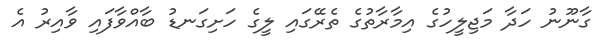
ގާނޫނު ހަދާ މަޖިލީހުގެ އިމާރާތުގެ ތެރޭގައި ލީގެ ހަށިގަނޑު ބާއްވާފައި ވާއިރު އެ